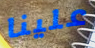
علينا